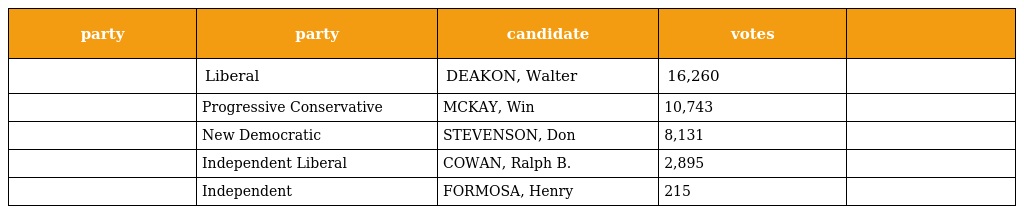
| party | party | candidate | votes |  |
 | --- | --- | --- | --- | --- |
 |  | Liberal | DEAKON, Walter | 16,260 |  |
 |  | Progressive Conservative | MCKAY, Win | 10,743 |  |
 |  | New Democratic | STEVENSON, Don | 8,131 |  |
 |  | Independent Liberal | COWAN, Ralph B. | 2,895 |  |
 |  | Independent | FORMOSA, Henry | 215 |  |